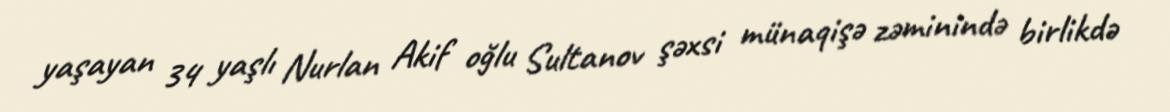
yaşayan 34 yaşlı Nurlan Akif oğlu Sultanov şəxsi münaqişə zəminində birlikdə